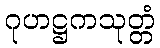
ဂုဟဋ္ဌကသုတ္တံ